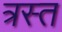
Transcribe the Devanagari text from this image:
त्रस्‍त